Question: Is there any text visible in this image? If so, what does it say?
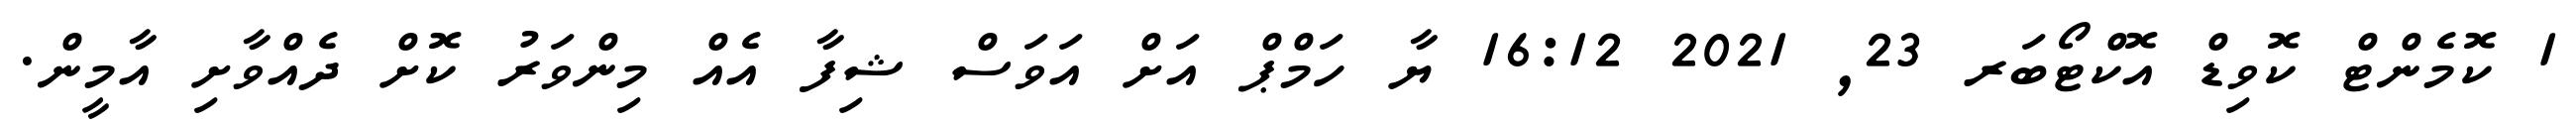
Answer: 1 ކޮމެންޓް ކޮވިޑް އޮކްޓޯބަރ 23, 2021 16:12 ޔާ ހަމްޕް އަށް އަވަސް ޝިފާ އެއް މިންވަރު ކޮށް ދެއްވާށި އާމީން.